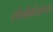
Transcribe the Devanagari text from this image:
संपर्कक्षेत्राच्या